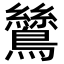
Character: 鷥